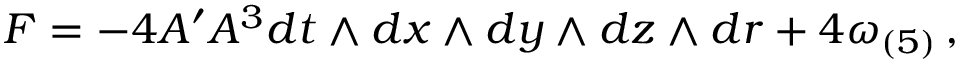
F = - 4 A ^ { \prime } A ^ { 3 } d t \wedge d x \wedge d y \wedge d z \wedge d r + 4 \omega _ { ( 5 ) } \, ,